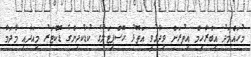
މުހައްމަދު އިބްރާހިމް އިތުރަށް ވިދާޅުވީ އަތޮޅު ހޮސްޕިޓަލުގެ ކުޑަކުދިންގެ ޑޮކްޓަރު މިއަދާއި މާދަމާ